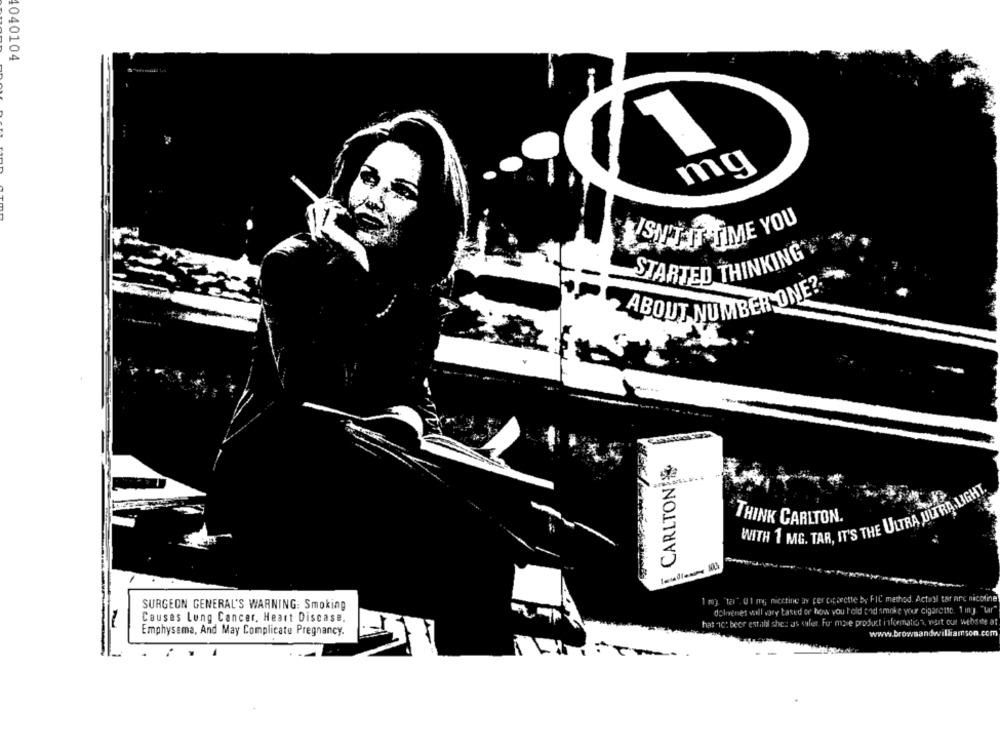
040104
mg
VISN'AIT TIME YOU
STARTED THINKING
·ABOUT NUMBER ONE?
CARLTON &
WITH 1 MG. TAR, IT'S THE ULTRA ULTRA LIGHT.
THINK CARLTON.
1 my. "tal". Ul mg; nicctine as per cicorette by FIC method. Actoil tar are nicotine
SURGEON GENERAL'S WARNING: Smoking
dolnenes voll vary tased or how vou fold cod smoke yor cigarette. 1 my "Ler"
Causes Lung Cancer, Heart Discase.
hat ic: beer estabil shes as sheet. Fu more product information, vart our website at
Emphysema, And May Complicate Pregnancy.
www.brownandwilliamson.com